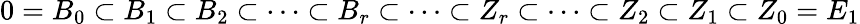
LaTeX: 0=B_{0}\subset B_{1}\subset B_{2}\subset\dots\subset B_{r}\subset\dots\subset Z_{r}\subset\dots\subset Z_{2}\subset Z_{1}\subset Z_{0}=E_{1}